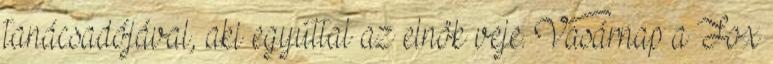
tanácsadójával, aki egyúttal az elnök veje. Vasárnap a Fox